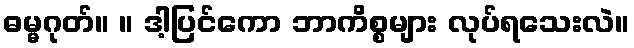
ဓမ္မဂုတ်။ ။ ဒါ့ပြင်ကော ဘာကိစ္စများ လုပ်ရသေးလဲ။